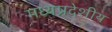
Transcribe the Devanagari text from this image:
मध्यप्रदेशीय